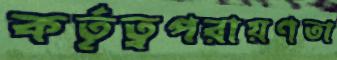
কর্তৃত্বপরায়ণতা